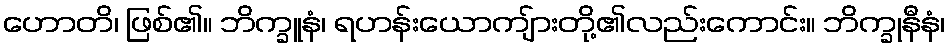
ဟောတိ၊ ဖြစ်၏။ ဘိက္ခူနံ၊ ရဟန်းယောကျ်ားတို့၏လည်းကောင်း။ ဘိက္ခုနီနံ၊